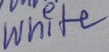
Text: White